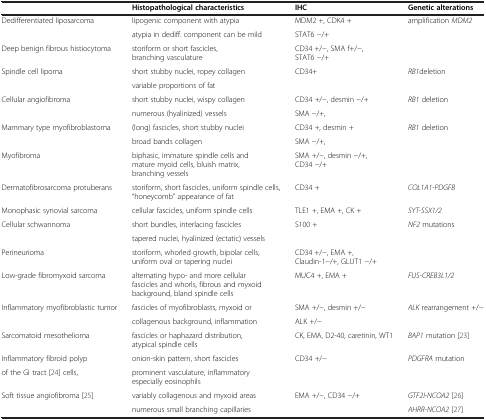
<table><thead><tr><td></td><td><b>Histopathological characteristics</b></td><td><b>IHC</b></td><td><b>Genetic alterations</b></td></tr></thead><tbody><tr><td>Dedifferentiated liposarcoma</td><td>lipogenic component with atypia</td><td>MDM2 +, CDK4 +</td><td>amplification <i>MDM2</i></td></tr><tr><td></td><td>atypia in dediff. component can be mild</td><td>STAT6 −/+</td><td></td></tr><tr><td>Deep benign fibrous histiocytoma</td><td>storiform or short fascicles, branching vasculature</td><td>CD34 +/−, SMA f+/−, STAT6 −/+</td><td></td></tr><tr><td>Spindle cell lipoma</td><td>short stubby nuclei, ropey collagen</td><td>CD34+</td><td><i>RB1</i>deletion</td></tr><tr><td></td><td>variable proportions of fat</td><td></td><td></td></tr><tr><td>Cellular angiofibroma</td><td>short stubby nuclei, wispy collagen</td><td>CD34 +/−, desmin −/+</td><td><i>RB1</i> deletion</td></tr><tr><td></td><td>numerous (hyalinized) vessels</td><td>SMA −/+,</td><td></td></tr><tr><td>Mammary type myofibroblastoma</td><td>(long) fascicles, short stubby nuclei</td><td>CD34 +, desmin +</td><td><i>RB1</i> deletion</td></tr><tr><td></td><td>broad bands collagen</td><td>SMA −/+,</td><td></td></tr><tr><td>Myofibroma</td><td>biphasic, immature spindle cells and mature myoid cells, bluish matrix, branching vessels</td><td>SMA +/−, desmin −/+, CD34 −/+</td><td></td></tr><tr><td>Dermatofibrosarcoma protuberans</td><td>storiform, short fascicles, uniform spindle cells, “honeycomb” appearance of fat</td><td>CD34 +</td><td><i>COL1A1-PDGFB</i></td></tr><tr><td>Monophasic synovial sarcoma</td><td>cellular fascicles, uniform spindle cells</td><td>TLE1 +, EMA +, CK +</td><td><i>SYT-SSX1/2</i></td></tr><tr><td>Cellular schwannoma</td><td>short bundles, interlacing fascicles</td><td>S100 +</td><td><i>NF2</i> mutations</td></tr><tr><td></td><td>tapered nuclei, hyalinized (ectatic) vessels</td><td></td><td></td></tr><tr><td>Perineurioma</td><td>storiform, whorled growth, bipolar cells, uniform oval or tapering nuclei</td><td>CD34 +/−, EMA +, Claudin-1−/+, GLUT1 −/+</td><td></td></tr><tr><td>Low-grade fibromyxoid sarcoma</td><td>alternating hypo- and more cellular fascicles and whorls, fibrous and myxoid background, bland spindle cells</td><td>MUC4 +, EMA +</td><td><i>FUS-CREB3L1/2</i></td></tr><tr><td>Inflammatory myofibroblastic tumor</td><td>fascicles of myofibroblasts, myxoid or</td><td>SMA +/−, desmin +/−</td><td><i>ALK</i> rearrangement +/−</td></tr><tr><td></td><td>collagenous background, inflammation</td><td>ALK +/−</td><td></td></tr><tr><td>Sarcomatoid mesothelioma</td><td>fascicles or haphazard distribution, atypical spindle cells</td><td>CK, EMA, D2-40, caretinin, WT1</td><td><i>BAP1</i> mutation [23]</td></tr><tr><td>Inflammatory fibroid polyp</td><td>onion-skin pattern, short fascicles</td><td>CD34 +/−</td><td><i>PDGFRA</i> mutation</td></tr><tr><td>of the GI tract [24] cells,</td><td>prominent vasculature, inflammatory especially eosinophils</td><td></td><td></td></tr><tr><td>Soft tissue angiofibroma [25]</td><td>variably collagenous and myxoid areas</td><td>EMA +/−, CD34 −/+</td><td><i>GTF2I-NCOA2</i> [26]</td></tr><tr><td></td><td>numerous small branching capillaries</td><td></td><td><i>AHRR-NCOA2</i> [27]</td></tr></tbody></table>